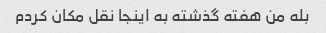
بله من هفته گذشته به اینجا نقل مکان کردم